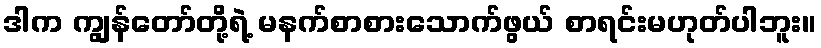
ဒါက ကျွန်တော်တို့ရဲ့ မနက်စာစားသောက်ဖွယ် စာရင်းမဟုတ်ပါဘူး။